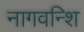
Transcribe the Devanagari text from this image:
नागवन्शि